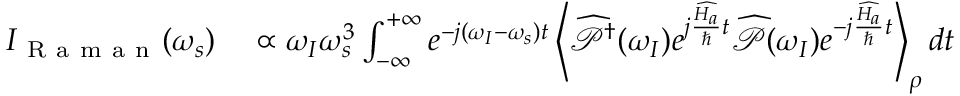
\begin{array} { r l } { I _ { \mathrm { ~ R ~ a ~ m ~ a ~ n ~ } } ( \omega _ { s } ) } & { { } \propto \omega _ { I } \omega _ { s } ^ { 3 } \int _ { - \infty } ^ { + \infty } e ^ { - j ( \omega _ { I } - \omega _ { s } ) t } \left\langle \widehat { \mathcal { P } } ^ { \dagger } ( \omega _ { I } ) e ^ { j \frac { \widehat { H _ { a } } } { \hbar } t } \widehat { \mathcal { P } } ( \omega _ { I } ) e ^ { - j \frac { \widehat { H _ { a } } } { \hbar } t } \right\rangle _ { \rho } d t } \end{array}